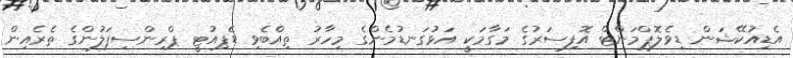
އެޑިއުކޭޝަން ޑިވެލޮޕްމަންޓް އޮފިސަރުގެ މަގާމަކީ އަޅުގަނޑުމެންގެ މިހާރު ތިއްބެވި ޑެޕިއުޓީ ޕްރިންސިޕަލުންގެ ތެރެއިން